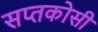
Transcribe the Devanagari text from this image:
सप्तकोसी